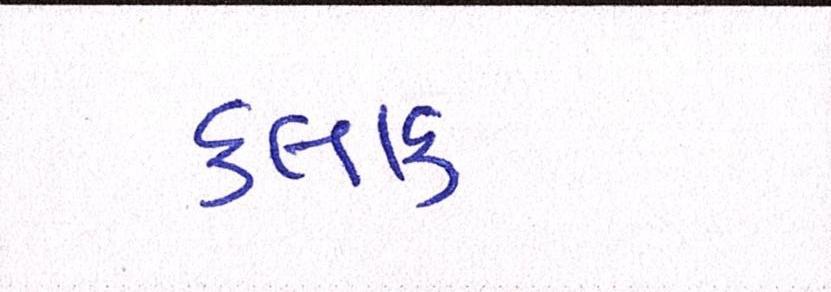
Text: કલાક